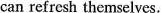
can refresh themselves.